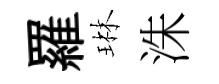
羅琳洙